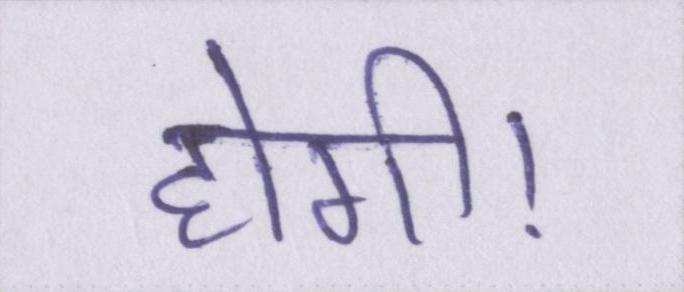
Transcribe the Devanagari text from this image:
होगी।